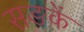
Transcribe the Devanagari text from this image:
सङकें